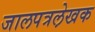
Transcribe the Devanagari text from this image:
जालपत्रले़खक